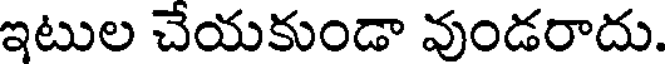
ఇటుల చేయకుండా వుండరాదు.